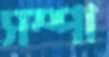
সম্পা